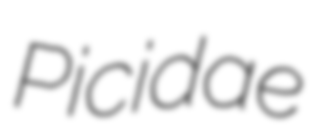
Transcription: Picidae